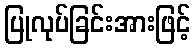
ပြုလုပ်ခြင်းအားဖြင့်